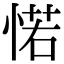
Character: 𢜪